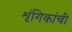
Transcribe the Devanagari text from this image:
शृंगिकांची